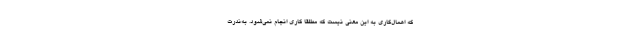
که اهمال‌کاری به این معنی نیست که مطلقاً کاری انجام نمی‌شود. به‌ندرت